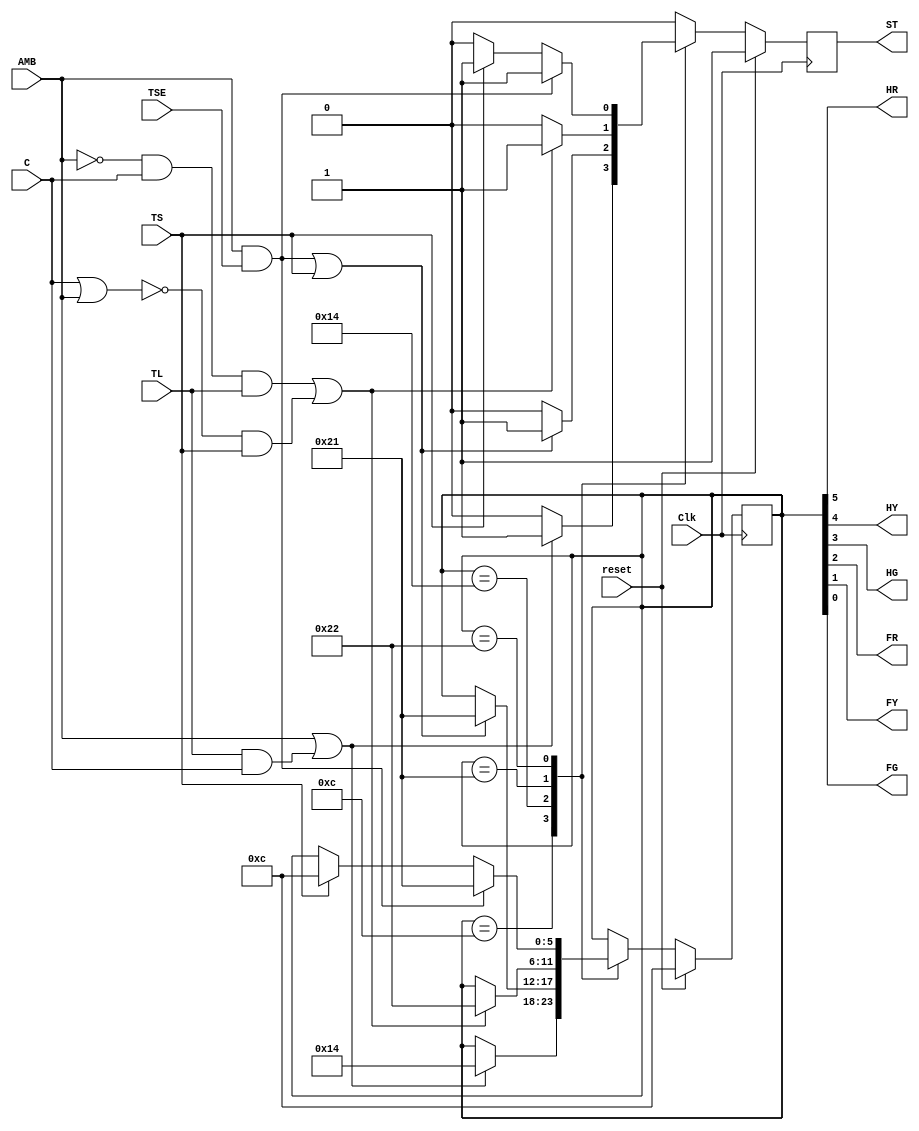
`timescale 1ns / 1ps
//////////////////////////////////////////////////////////////////////////////////
// Company: 
// Engineer: 
// 
// Design Name: 
// Module Name: FSM
// Project Name: 
// Target Devices: 
// Tool Versions: 
// Description: 
// 
// Dependencies: 
// 
// Revision:
// Revision 0.01 - File Created
// Additional Comments:
// 
//////////////////////////////////////////////////////////////////////////////////

module FSM(HR,HY,HG,FR,FY,FG,ST,TS,TL,TSE,C,AMB,reset,Clk);
output HR,HY,HG,FR,FY,FG;
output ST;

input TS,TL;
input TSE;
input C,reset,Clk;
input AMB;

reg[6:1] state;
reg ST;

parameter highwaygreen = 6'b001100;
parameter highwayyellow = 6'b010100;
parameter farmroadgreen = 6'b100001;
parameter farmroadyellow = 6'b100010;

assign HR = state[6];
assign HY = state[5];
assign HG = state[4];
assign FR = state[3];
assign FY = state[2];
assign FG = state[1];

always @(posedge Clk) begin
if(reset)begin
state <= highwaygreen;
ST <= 1;
end
else begin
ST <= 0;
case(state)
highwaygreen:
if(AMB | (TL & C)) begin
state <= highwayyellow; ST <= 1; end
highwayyellow:
if((AMB & TSE) | TS) begin
state <= farmroadgreen; ST <= 1; end
farmroadgreen:
if((!AMB & C & TL) | (!(C | AMB))&TS) begin
state <= farmroadyellow; ST <= 1; end
farmroadyellow:
if(AMB & TSE) begin
state <= farmroadgreen; ST <= 1; end
else if(TS) begin
state <= highwaygreen; ST <= 1; end
endcase
end
end
endmodule